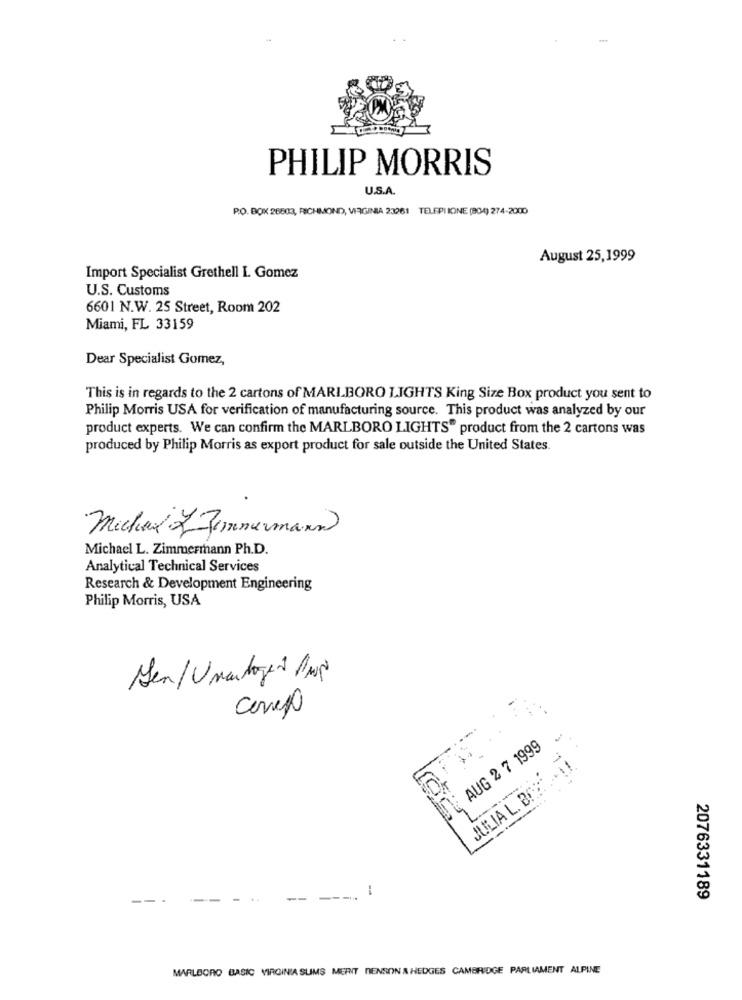
PHILIP MORRIS
U.S.A.
P.O. BOX 26803, RICHMOND, VIRGINIA 23261 TELEPI IONE (804) 274-2000
August 25,1999
Import Specialist Grethell I. Gomez
U.S. Customs
6601 N.W. 25 Street, Room 202
Miami, FL 33159
Dear Specialist Gomez,
This is in regards to the 2 cartons of MARLBORO LIGHTS King Size Box product you sent to
Philip Morris USA for verification of manufacturing source. This product was analyzed by our
product experts. We can confirm the MARLBORO LIGHTS" product from the 2 cartons was
produced by Philip Morris as export product for sale outside the United States.
Michal LJimmermann
Michael L. Zimmermann Ph.D.
Analytical Technical Services
Research & Development Engineering
Philip Morris, USA
Sen/Unatoget Anos
Correo
AUG 2 7 1999
JULIA L. BO2:
-
--
--
2076331189
MARLBORO BASIC VIRGINIA SLIMS MERIT DENSON A HEDGES CAMBRIDGE PARLIAMENT ALPINE